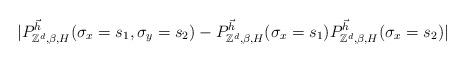
LaTeX: \begin{align*}|P^{\vec{h}}_{\mathbb{Z}^d,\beta,H}(\sigma_x=s_1,\sigma_y=s_2)-P^{\vec{h}}_{\mathbb{Z}^d,\beta,H}(\sigma_x=s_1)P^{\vec{h}}_{\mathbb{Z}^d,\beta,H}(\sigma_x=s_2)|\end{align*}